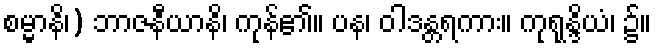
စမ္မာနိ၊) ဘာဇနီယာနိ၊ ကုန်၏။ ပန၊ ဝါဒန္တရကား။ ကုရုန္ဒိယံ၊ ၌။